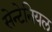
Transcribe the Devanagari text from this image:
सेन्टेनियल